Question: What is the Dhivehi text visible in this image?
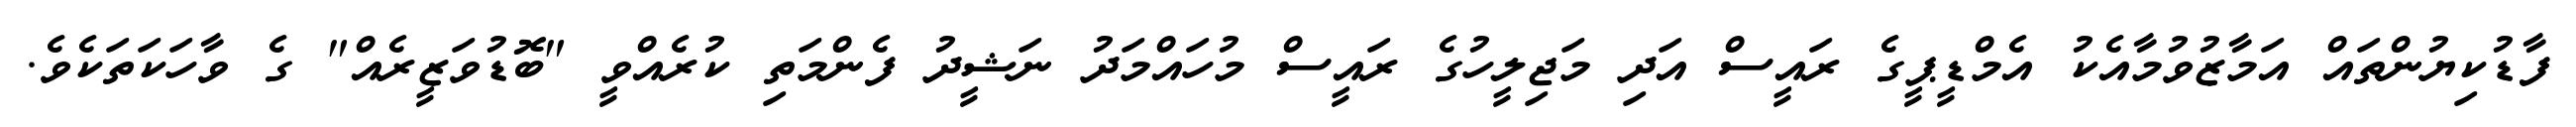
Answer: ފާޑުކިޔުންތައް އަމާޒުވުމާއެކު އެމްޑީޕީގެ ރައީސް އަދި މަޖިލީހުގެ ރައީސް މުހައްމަދު ނަޝީދު ފެންމަތި ކުރެއްވީ "ބޮޑުވަޒީރެއް" ގެ ވާހަކަތަކެވެ.